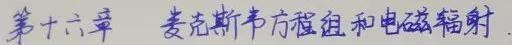
第十六章 麦克斯韦方程组和电磁辐射